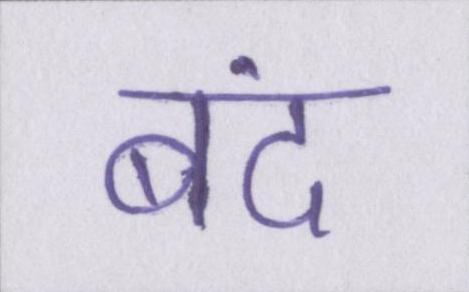
बंद